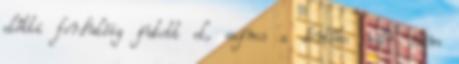
előtti fordulóig jutott el, sajnos a döntőbe már nem